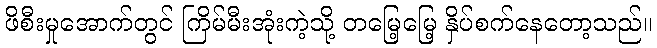
ဖိစီးမှုအောက်တွင် ကြိမ်မီးအုံးကဲ့သို့ တမြေ့မြေ့ နှိပ်စက်နေတော့သည်။